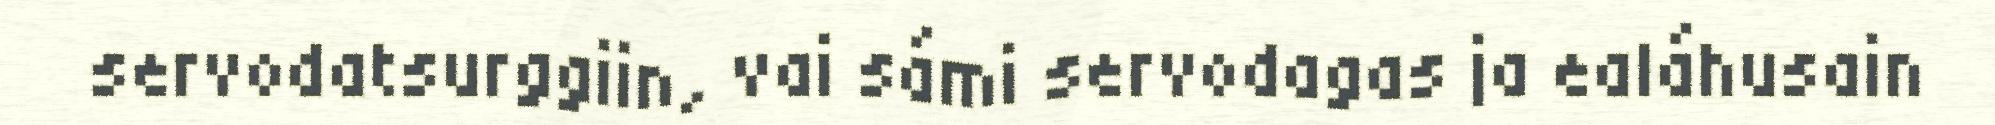
servodatsurggiin, vai sámi servodagas ja ealáhusain